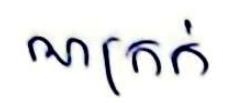
ណក្រក់